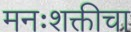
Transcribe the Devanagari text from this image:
मनःशक्तीचा